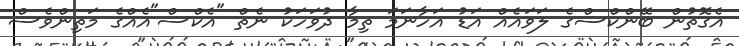
އެގޮތުން ބޭންކްސްގެ ލަވައެއް އަޑު އަހާނަމަ ތިމާ ދުވަހަކު ނެތް "އެކްސް"އެއްގެ މަތިންވެސް